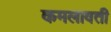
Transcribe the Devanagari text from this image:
कमलावती